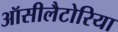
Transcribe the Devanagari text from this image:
ऑसीलैटोरिया